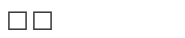
٩٠